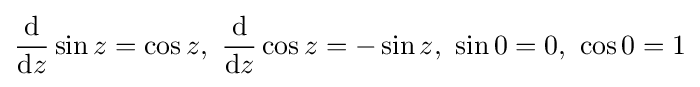
{\frac {\mathrm {d} }{\mathrm {d} z}}\sin z=\cos z,\ {\frac {\mathrm {d} }{\mathrm {d} z}}\cos z=-\sin z,\ \sin 0=0,\ \cos 0=1